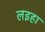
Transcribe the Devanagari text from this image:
लइहा